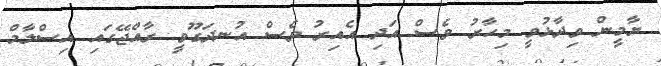
ޔާމީން ވިދާޅުވީ މިހާރު ވެސް އަދި އެއިރު ވެސް އުނދަގޫވީ ރާއްޖޭގައި އިސްލާމް